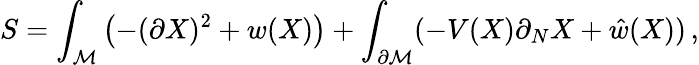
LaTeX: S=\int_{\cal M}\left(-(\partial X)^{2}+w(X)\right)+\int_{\partial{\cal M}}(-V(X)\partial_{N}X+\hat{w}(X))\, ,